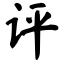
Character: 评